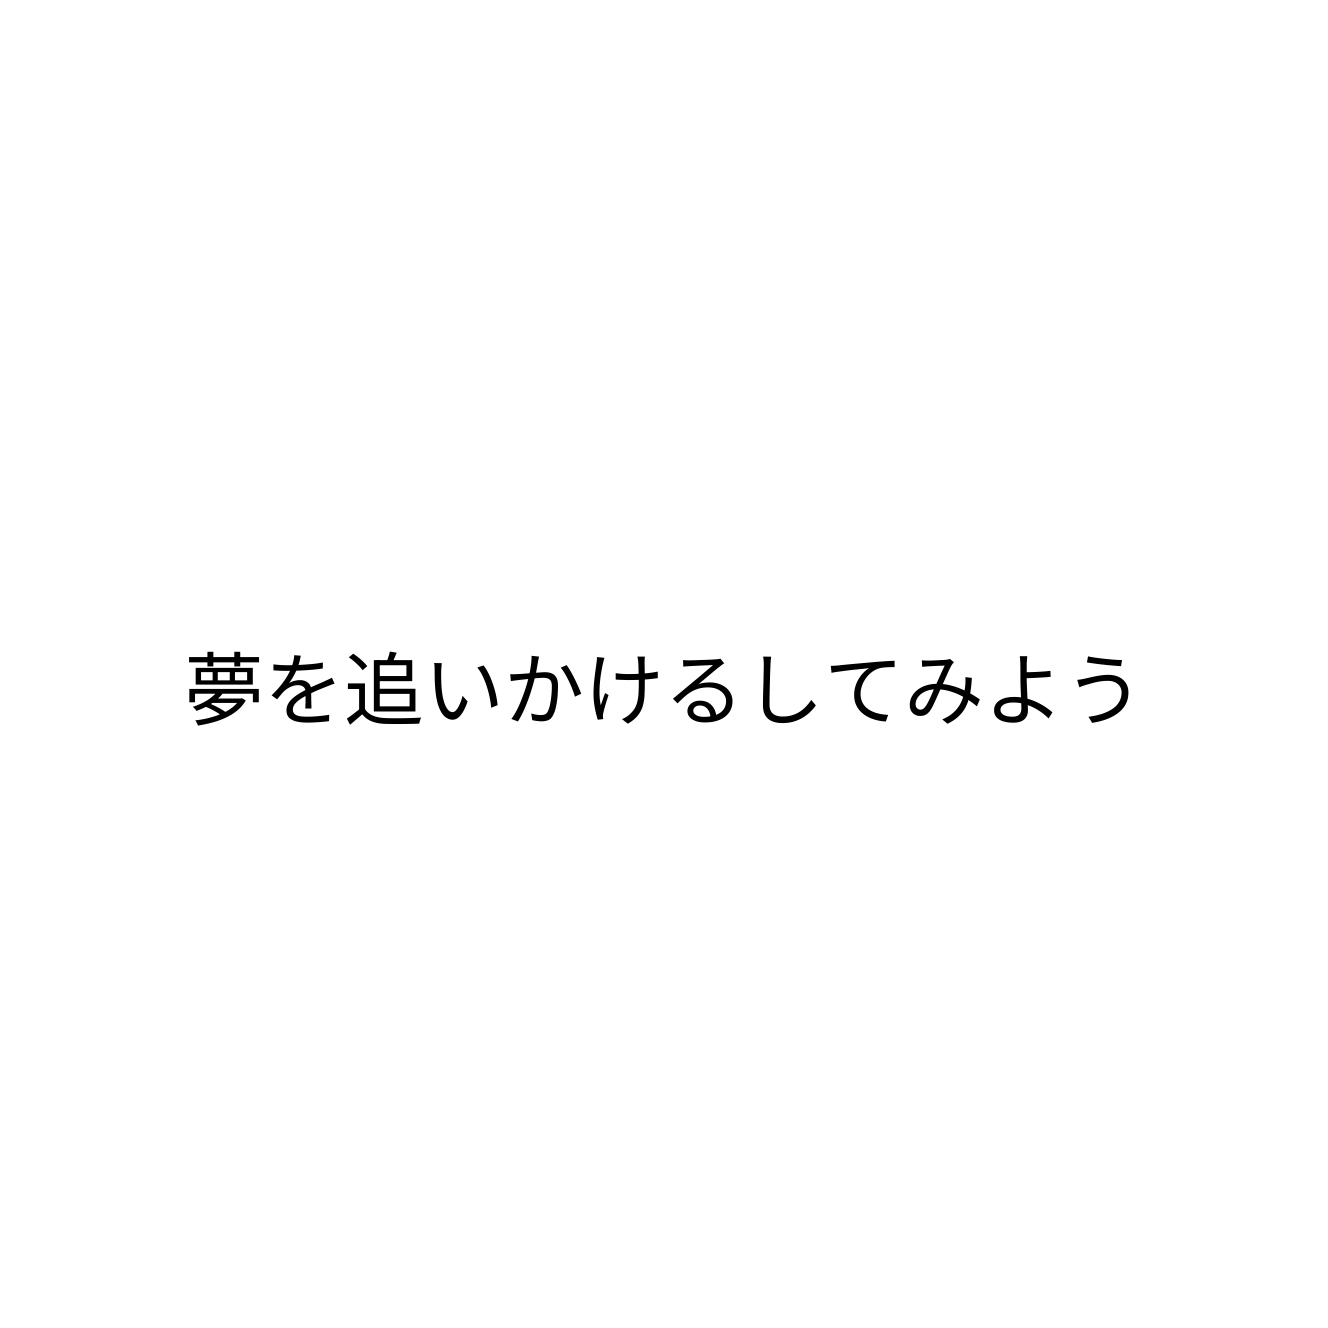
夢を追いかけるしてみよう